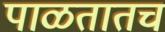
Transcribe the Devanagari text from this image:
पाळतातच